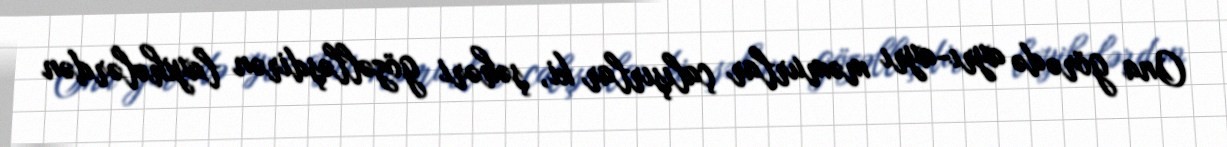
Ona görə də ayrı-ayrı məmurlar çalışırlar ki, şəhəri gözəlləşdirən layihələrdən